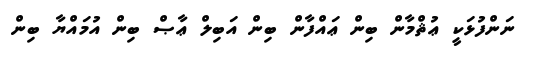
ނަންފުޅަކީ ޢުޘްމާން ބިން ޢައްފާން ބިން އަބިލް ޢާޞް ބިން އުމައްޔާ ބިން